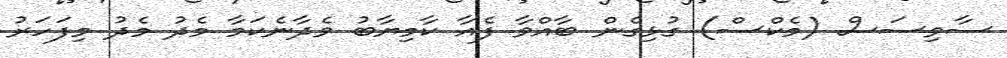
ސާވިސަސް (މެކްސް) ގުޅިގެން ބާއްވާ ފެއާ ކާމިޔާބު ވެދާނެކަމާ މެދު މެދު މިފަހަރު